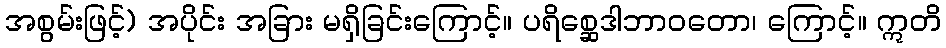
အစွမ်းဖြင့်) အပိုင်း အခြား မရှိခြင်းကြောင့်။ ပရိစ္ဆေဒါဘာဝတော၊ ကြောင့်။ ဣတိ